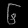
Digit: ၆